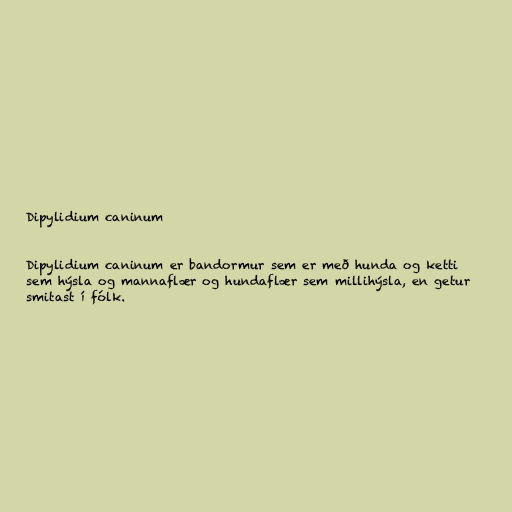
Dipylidium caninum

Dipylidium caninum er bandormur sem er með hunda og ketti
sem hýsla og mannaflær og hundaflær sem millihýsla, en getur
smitast í fólk.